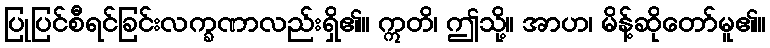
ပြုပြင်စီရင်ခြင်းလက္ခဏာလည်းရှိ၏။ ဣတိ၊ ဤသို့။ အာဟ၊ မိန့်ဆိုတော်မူ၏။